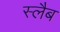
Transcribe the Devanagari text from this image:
स्‍लैब